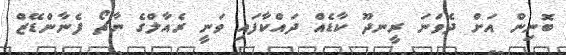
ބޮނިން އަށް ދެވަނަ ރީނދޫ ކާޑެއް ދައްކާފައި ވަނީ ރެއާލްގެ ނާޗޯ ފެނާންޑޭޒް